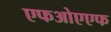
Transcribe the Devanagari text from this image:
एफओएएफ